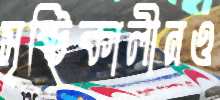
সৃষ্টিকালীনও